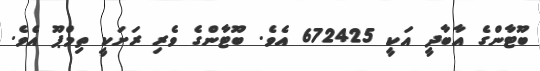
ބޫޓާންގެ އާބާދީ އަކީ 672425 އެވެ. ބޫޓާންގެ ވެރި ރަށަކީ ތިމްޕޫ އެވެ.